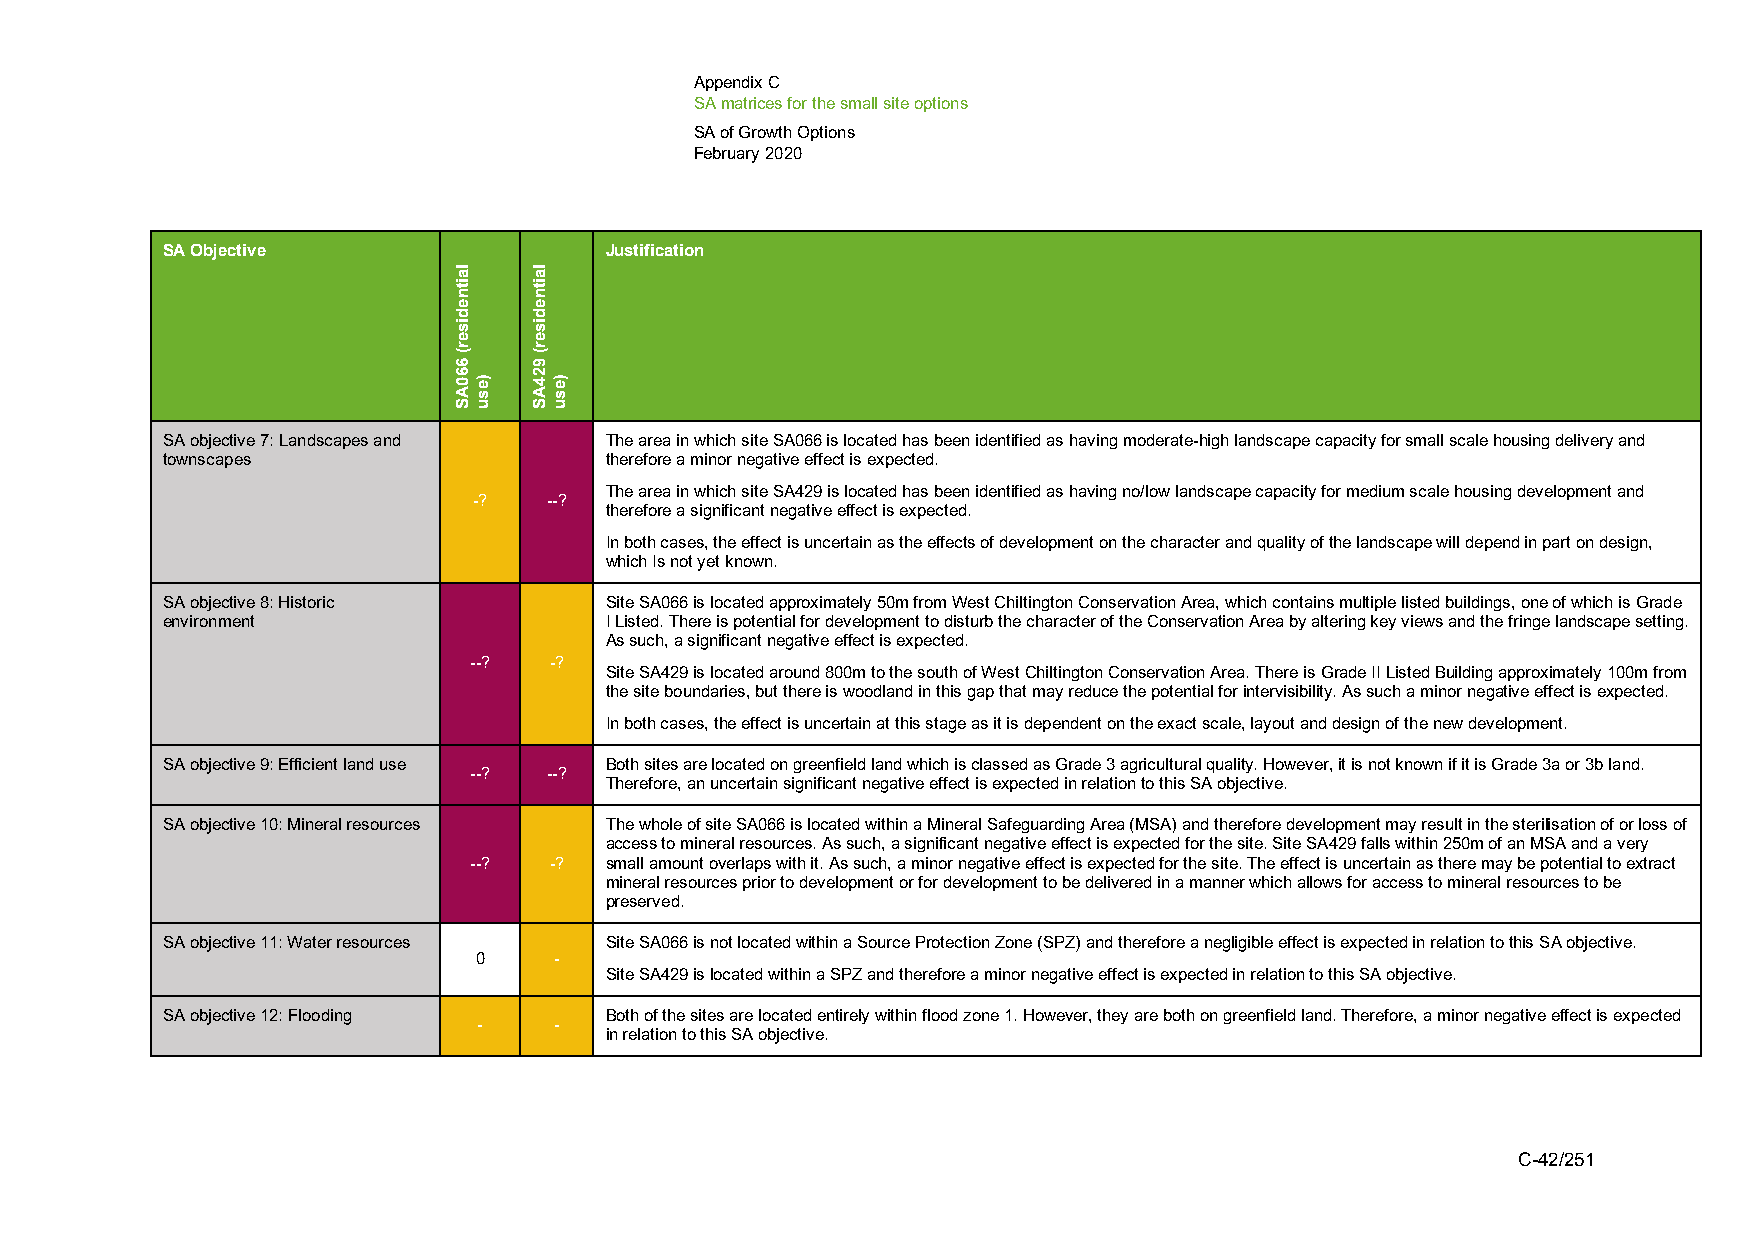
Appendix C
 SA matrices for the small site options
 SA of Growth Options
 February 2020
 SA Objective                 Justification
 SA objective 7: Landscapes and The area in which site SA066 is located has been identified as having moderate-high landscape capacity for small scale housing delivery and
 townscapes                   therefore a minor negative effect is expected.
 The area in which site SA429 is located has been identified as having no/low landscape capacity for medium scale housing development and
 -?   --?
 therefore a significant negative effect is expected.
 In both cases, the effect is uncertain as the effects of development on the character and quality of the landscape will depend in part on design,
 which Is not yet known.
 SA objective 8: Historic     Site SA066 is located approximately 50m from West Chiltington Conservation Area, which contains multiple listed buildings, one of which is Grade
 environment                  I Listed. There is potential for development to disturb the character of the Conservation Area by altering key views and the fringe landscape setting.
 As such, a significant negative effect is expected.
 --?  -?
 Site SA429 is located around 800m to the south of West Chiltington Conservation Area. There is Grade II Listed Building approximately 100m from
 the site boundaries, but there is woodland in this gap that may reduce the potential for intervisibility. As such a minor negative effect is expected.
 In both cases, the effect is uncertain at this stage as it is dependent on the exact scale, layout and design of the new development.
 SA objective 9: Efficient land use Both sites are located on greenfield land which is classed as Grade 3 agricultural quality. However, it is not known if it is Grade 3a or 3b land.
 --?  --?
 Therefore, an uncertain significant negative effect is expected in relation to this SA objective.
 SA objective 10: Mineral resources The whole of site SA066 is located within a Mineral Safeguarding Area (MSA) and therefore development may result in the sterilisation of or loss of
 access to mineral resources. As such, a significant negative effect is expected for the site. Site SA429 falls within 250m of an MSA and a very
 --?  -?  small amount overlaps with it. As such, a minor negative effect is expected for the site. The effect is uncertain as there may be potential to extract
 mineral resources prior to development or for development to be delivered in a manner which allows for access to mineral resources to be
 preserved.
 SA objective 11: Water resources Site SA066 is not located within a Source Protection Zone (SPZ) and therefore a negligible effect is expected in relation to this SA objective.
 0     -
 Site SA429 is located within a SPZ and therefore a minor negative effect is expected in relation to this SA objective.
 SA objective 12: Flooding    Both of the sites are located entirely within flood zone 1. However, they are both on greenfield land. Therefore, a minor negative effect is expected
 -    -
 in relation to this SA objective.
 C-42/251
 laitnediser(
 660AS
 )esu
 laitnediser(
 924AS
 )esu